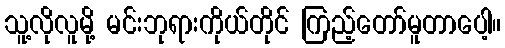
သူ့လိုလူမို့ မင်းဘုရားကိုယ်တိုင် ကြည့်တော်မူတာပေါ့။